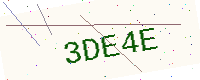
Text: 3DE4E